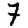
Digit: 7